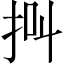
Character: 𢫃